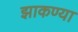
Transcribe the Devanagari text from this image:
झाकण्या